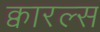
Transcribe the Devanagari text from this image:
क्वारल्स